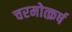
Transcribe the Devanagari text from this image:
चरमोत्क्रर्ष